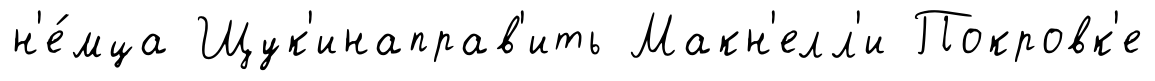
н'е́мца Щук'инаправ'ить Макн'елл'и Покровк'е